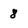
Character: 8